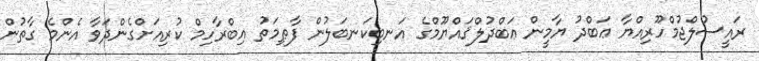
ރައީސުލްޖުމްހޫރިއްޔާ ޢަބްދު ޔާމީން ޢަބްދުލްޤައްޔޫމްގެ އަނބިކަނބަލުން ފާޠިމަތު އިބްރާހިމް ކުރިއަށްގެންދަވާ އެންމެ ގާތުން